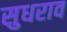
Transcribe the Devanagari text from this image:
सुधराव